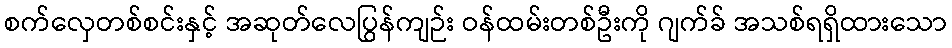
စက်လှေတစ်စင်းနှင့် အဆုတ်လေပြွန်ကျဉ်း ဝန်ထမ်းတစ်ဦးကို ဂျက်ခ် အသစ်ရရှိထားသော